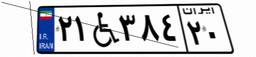
۲۱W۳۸۴۲۰